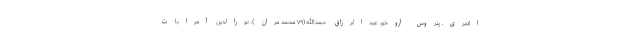
الامری، پتروس آروخو، عبدالرزاق حمدالله(۷۹ محمد مران)، نورالدین آمرابات